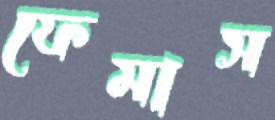
ফেমাস